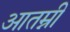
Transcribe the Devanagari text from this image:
आतम्नी